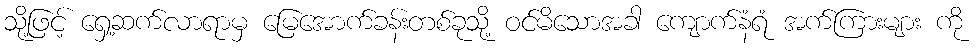
သို့ဖြင့် ရှေ့ဆက်လာရာမှ မြေအောက်ခန်းတစ်ခုသို့ ဝင်မိသောအခါ ကျောက်နံရံ အက်ကြားများ ကို